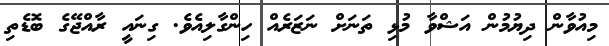
މިއުވާން ދިޔުމުން އަޝްވާ މުޅި ތަނަށް ނަޒަރެއް ހިންގާލިއެވެ. ގިނައީ ރާއްޖޭގެ ބޮޑެތި